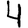
Digit: 4